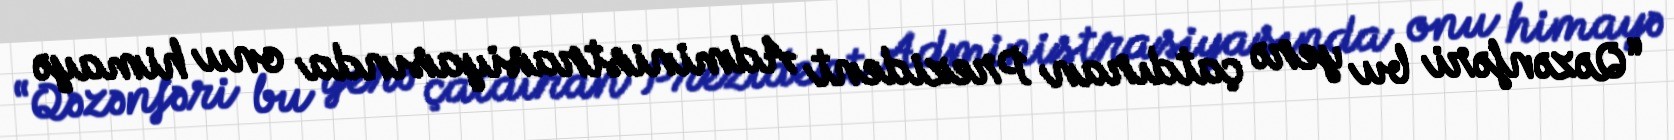
“Qəzənfəri bu yerə çatdıran Prezident Administrasiyasında onu himayə